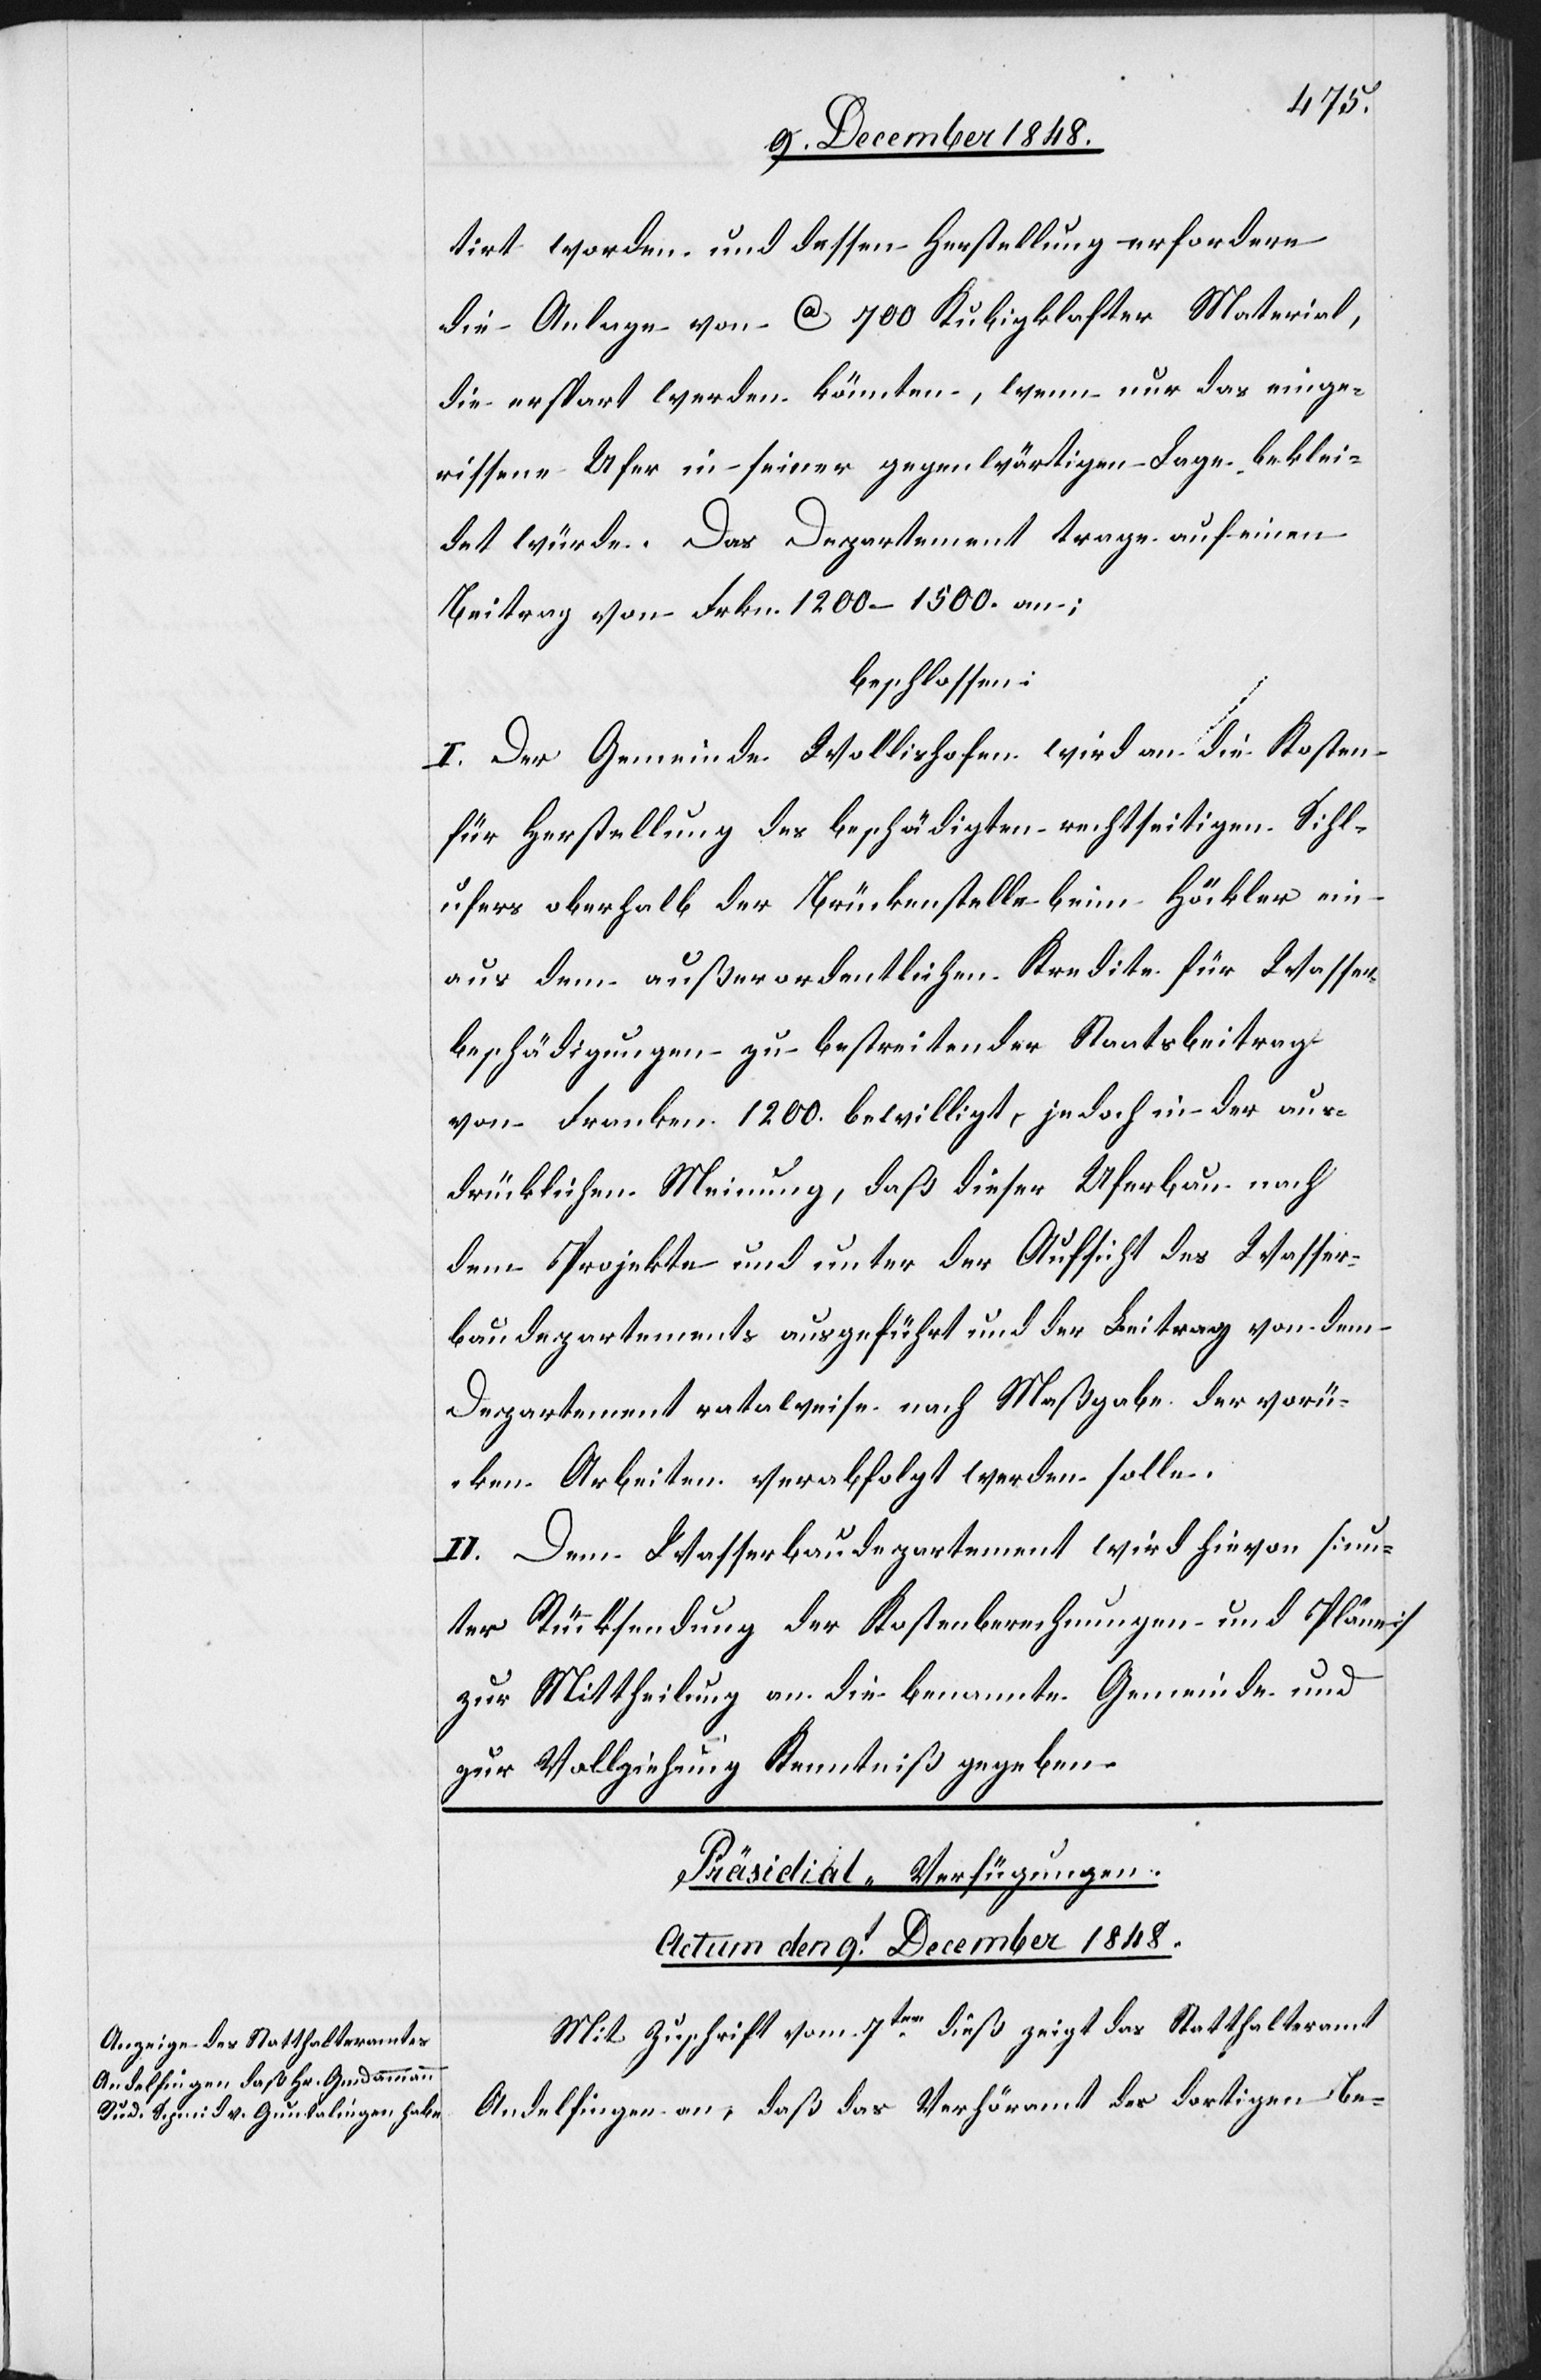
tirt worden und dessen Herstellung erfordere
die Anlage von ca 700 Kubigklafter [sic!]
die erspart werden könnten, wenn nur das einge¬
rissene Ufer in seiner gegenwärtigen Lage beklei¬
det würde. Das Departement trage auf einen
Beitrag von Frkn. 1200–1500. an;
beschlossen:
I. Der Gemeinde Wollishofen wird an die Kosten
für Herstellung des beschädigten rechtseitigen Sihl¬
ufers oberhalb der Brückenstelle beim Höckler ein
aus dem außerordentlichen Kredite für Wasser¬
beschädigungen zu bestreitender Staatsbeitrag
von Franken 1200. bewilligt, jedoch in der aus¬
drücklichen Meinung, daß dieser Uferbau nach
dem Projekte und unter der Aufsicht des Wasser¬
baudepartements ausgeführt und der Beitrag von dem
Departement rataweise nach Maßgabe der vorücken
Arbeiten verabfolgt werden solle.
II. Dem Wasserbaudepartement wird hievon [un¬
ter Rücksendung der Kostenberechnungen und Pläne]
zur Mittheilung an die benannte Gemeinde und
zur Vollziehung Kenntniß gegeben.
Präsidial-Verfügungen.
Actum den 9t December 1848.
Mit Zuschrift vom 7ten dieß zeigt das Statthalteramt
Andelfingen an, daß das Verhöramt des dortigen Be-